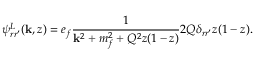
\psi _ { r r ^ { \prime } } ^ { L } ( { \bf k } , z ) = e _ { f } \frac { 1 } { { \bf k } ^ { 2 } + m _ { f } ^ { 2 } + Q ^ { 2 } z ( 1 - z ) } 2 Q \delta _ { r r ^ { \prime } } z ( 1 - z ) .